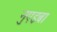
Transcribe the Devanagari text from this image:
नुएइबा